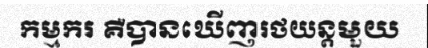
កម្មករ គឺបានឃើញរថយន្តមួយ